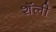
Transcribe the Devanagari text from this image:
शॅली